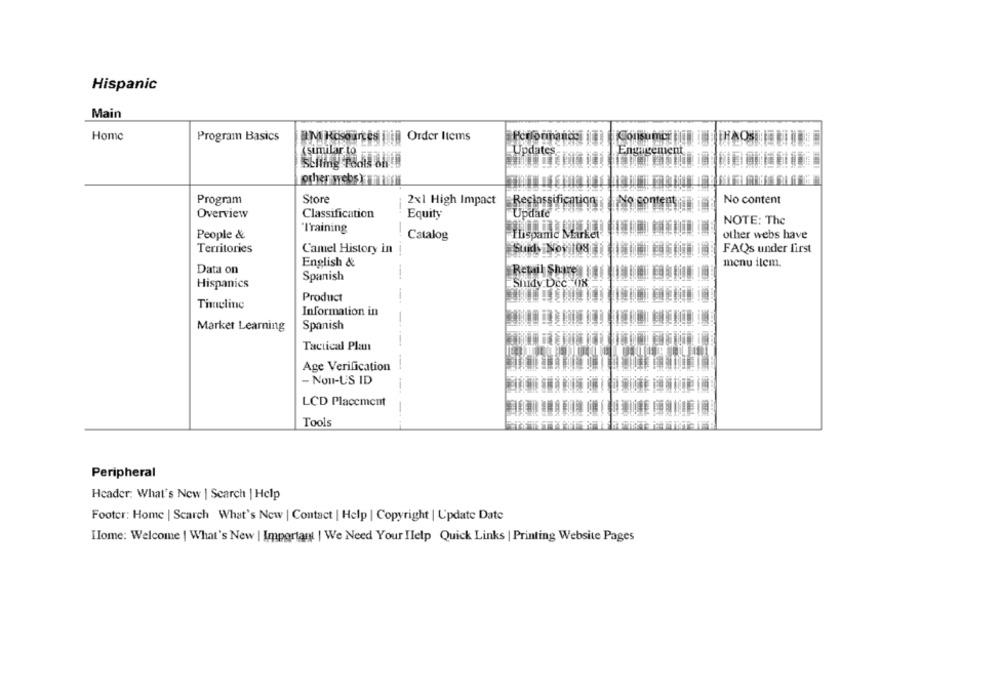
Hispanic
Main
Home
Program Basics
BM Rosources hij@ Order Items
Consumer
IRAOS
(similar.to
Updates
Engagement
Selling Pedis 8h !!
other webs)ff
Program
Store
2×1 High Impact
No content
No content
Overview
Classification
Equity
Update
NOTE: The
Training
People &
Thispanic Market
other webs have
Catalog
Territories
Camel History in
FAQs under first
--
English &
menu item.
Data on
Spanish
Retail
Hispanics
Shidy Dcc 0X
Product
Timeline
Information in
-
Market Learning
Spanish
Tactical Plan
Age Verification
- Non-U'S ID
LCD Placement
Tools
Peripheral
Header: What's New | Search | Help
Footer: Home | Search What's New | Contact | Help | Copyright | Update Date
Home: Welcome | What's New | Important | We Need Your Ilelp Quick Links | Printing Website Pages